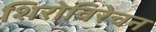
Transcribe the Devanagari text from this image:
शिरोविरेचन